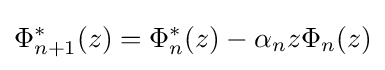
\Phi _{n+1}^{\ast }(z)=\Phi _{n}^{\ast }(z)-\alpha _{n}z\Phi _{n}(z)